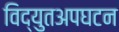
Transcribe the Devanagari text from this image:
विद्युतअपघटन